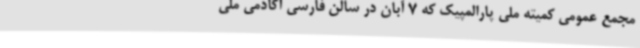
مجمع عمومی کمیته ملی پارالمپیک که 7 آبان در سالن فارسی آکادمی ملی